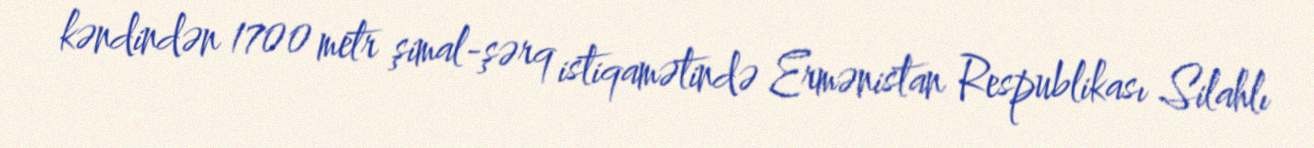
kəndindən 1700 metr şimal-şərq istiqamətində Ermənistan Respublikası Silahlı